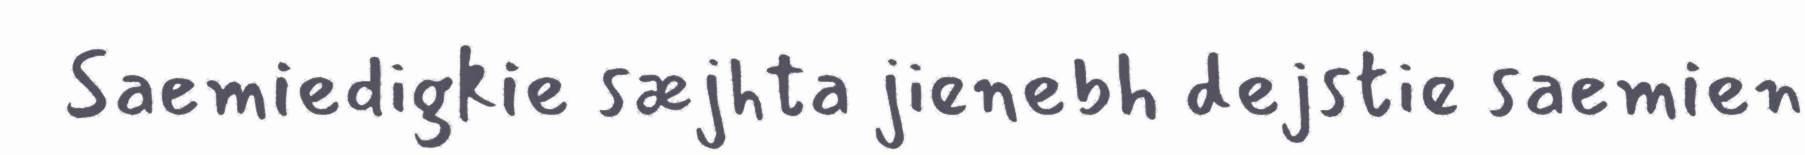
Saemiedigkie sæjhta jienebh dejstie saemien